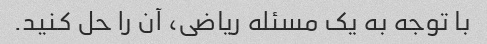
با توجه به یک مسئله ریاضی، آن را حل کنید.